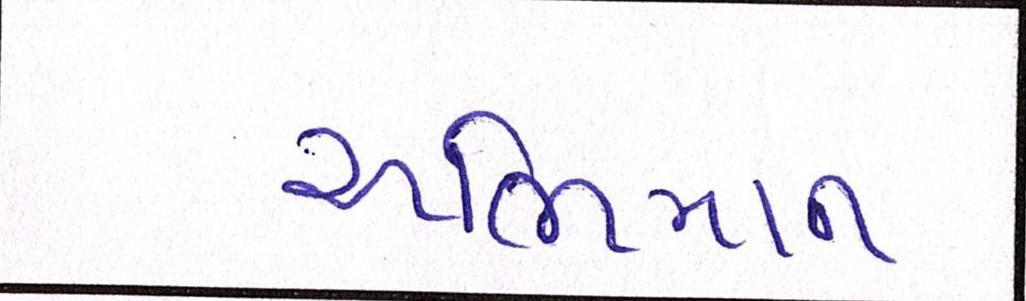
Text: અભિમાન